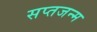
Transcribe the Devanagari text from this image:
सप्तजन्म